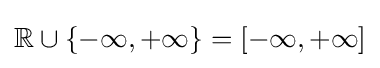
\mathbb {R} \cup \{-\infty ,+\infty \}=[-\infty ,+\infty ]